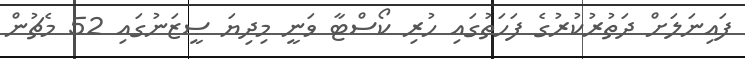
ފައިނަލަށް ދަތުރުކުރުގެ ފަހަތުގައި ހުރި ކޯސްޓާ ވަނީ މިދިޔަ ސީޒަނުގައި 52 މެޗުން